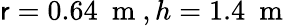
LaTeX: \mathsf{r}=0.64~\mathrm{{~m~}},h=1.4~\mathrm{{~m~}}